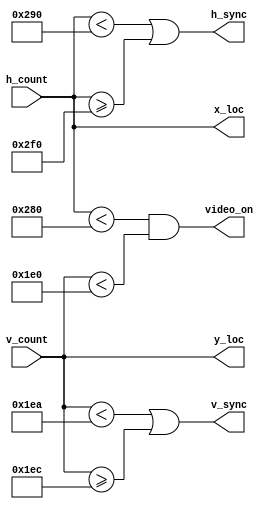
module vga_sync(
  input [9:0] h_count,
  input [9:0] v_count,
  output h_sync,
  output v_sync,
  output video_on,		//active area
  output [9:0] x_loc,	//current pixel x-location
  output [9:0] y_loc);	//current pixel x-location
  
  // horizontal	
  localparam HD = 640;			//horizontal display area	
  localparam HF = 16;		    //horizontal (front porch) right border
  localparam HB = 48;			//horizontal (back porch) left border
  localparam HR = 96;			//horizontal retrace
  
  // vertical	
  localparam VD = 480;			//vertical display area	
  localparam VF = 10;			//vertical (front porch) right border
  localparam VB = 33;			//vertical (back porch) left border
  localparam VR = 2 ;			//vertical retrace
  
  assign h_sync = (h_count < (HD + HF)) || (h_count >= (HD + HF + HR));
  assign v_sync = (v_count < (VD + VF)) || (v_count >= (VD + VF + VR));
  assign video_on = (h_count < HD) && (v_count < VD);
  assign x_loc = h_count;
  assign y_loc = v_count;
  
endmodule //vga_sync